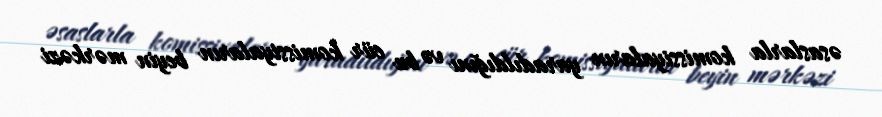
əsaslarla komissiyaların yaradıldığını və bu cür komissiyaların beyin mərkəzi